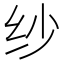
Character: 纱